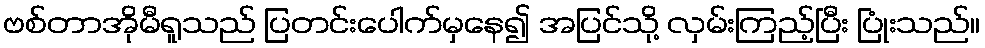
ဗစ်တာအိုမီရူသည် ပြတင်းပေါက်မှနေ၍ အပြင်သို့ လှမ်းကြည့်ပြီး ပြုံးသည်။